画像に写った文字を読んでください
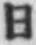
「日」と書いてあります